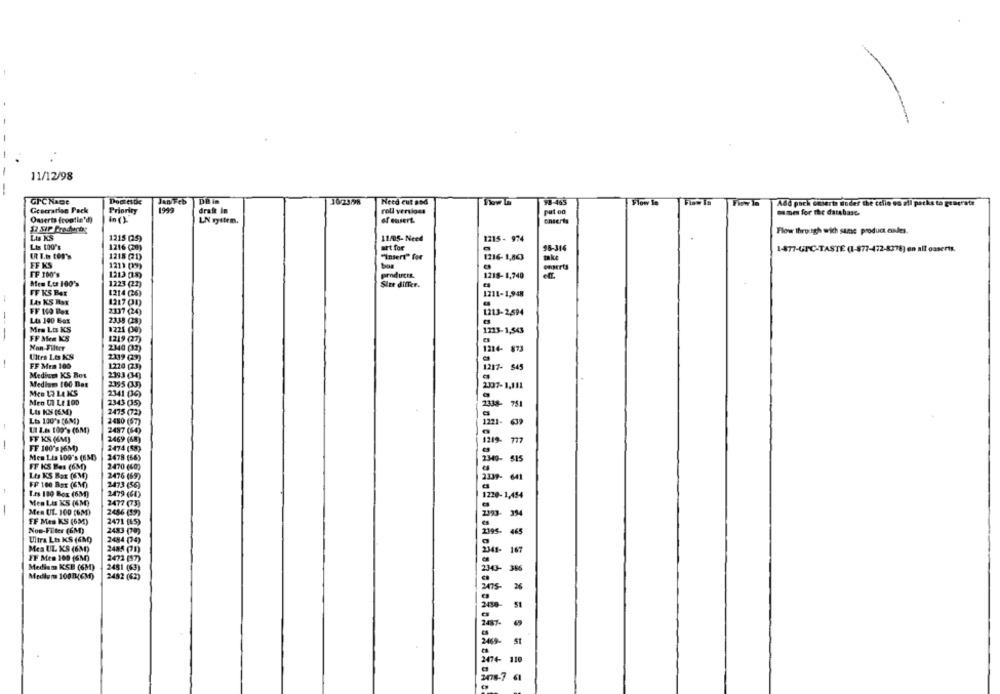
11/12/98
GICKace
Doctestie
DB in
Need cut and
98-465
Flow In
Flow In
1999
Add pack omserte duder the celio oo ail packs to generate
Geecration Pack
Priority
draft In
roll verviges
put on
names for the database.
Omserts (contie'd)
In ()
LN gilen.
of essert.
caserta
Le KS
Flow through wich same product cales.
1215 (25)
11/05-Need
1215 - 974
Lis 100's
1216 (20)
att for
96-316
1-877-GTC-TASTE (1-877-472-8378) on all oaseris.
( In tor's
1218 (1)
"insert" for
1216- 1,863
makt
FF KS
1211 (9)
omaerts
FF 100's
1213 (15)
produces.
1218- 1,740
hem Los 100's
1223 (22)
Size differ.
FF KS BAR
1214 (26)
1211-1,948
LAS KS Box
1217 (1)
2337 (24)
1213-2,594
Les 190 Box
2338 (28)
-
Mra Los KS
1221 (30)
1223-1,543
FF Men KS
1219 (27)
Non Filter
1214- 873
2340 (37)
Ultra Los KS
2339 (29)
FF Men 100
1270 (23)
1217- 545
Medium KS Box
2393 (34)
Mediam 100 Des
2395 (33)
2337-1,111
2341 (36)
Men Ul Le 100
2343 (35)
2338- 751
Lts KS (6.30)
2475 (72)
Lts 100's (6M)
2480 (57)
1221-
UT I.es 100's (SM)
2487 (64)
FF KS (6M)
2469 (68)
1219-
FF 100's (6M)
2474 (58)
Men Lis 100's (630)
2478 (66)
FF KS Bes (63)
2349- 515
2470 4609
Les KS Box (6M0)
2476 (69)
FP 100 Box (GM)
2473 (56)
Les 100 Box (6M)
2479 (68)
1220-1,454
Men Les KS (6M)
2477 (73)
Men UL. 100 (6M)
2486 (59)
FF Mes KS (63)
2471 (65)
Now-Filter (6M)
2483 (70)
2795
465
Ultra Les KS (6NO)
2484 (34)
Mes UL KS (6M)
167
2488 (71)
2341-
FF Men 100 (GM)
2472 (57)
Medium KSE (6M)
2481 (63)
Medlem 100B(CM)
2482 (62)
51
2438-
2487-
110
3478-7 61